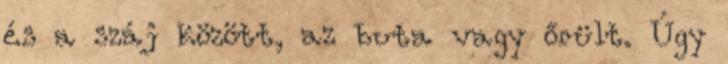
és a száj között, az buta vagy őrült. Úgy